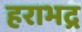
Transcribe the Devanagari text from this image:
हराभद्र